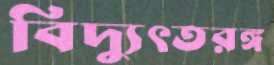
বিদ্যুৎতরঙ্গ